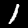
Digit: 1